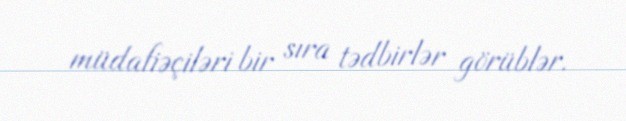
müdafiəçiləri bir sıra tədbirlər görüblər.